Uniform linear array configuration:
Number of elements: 4
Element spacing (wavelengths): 0.75
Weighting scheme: blackman
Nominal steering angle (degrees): -60
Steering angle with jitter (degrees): -61.259
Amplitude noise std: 0.05
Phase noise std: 0.05

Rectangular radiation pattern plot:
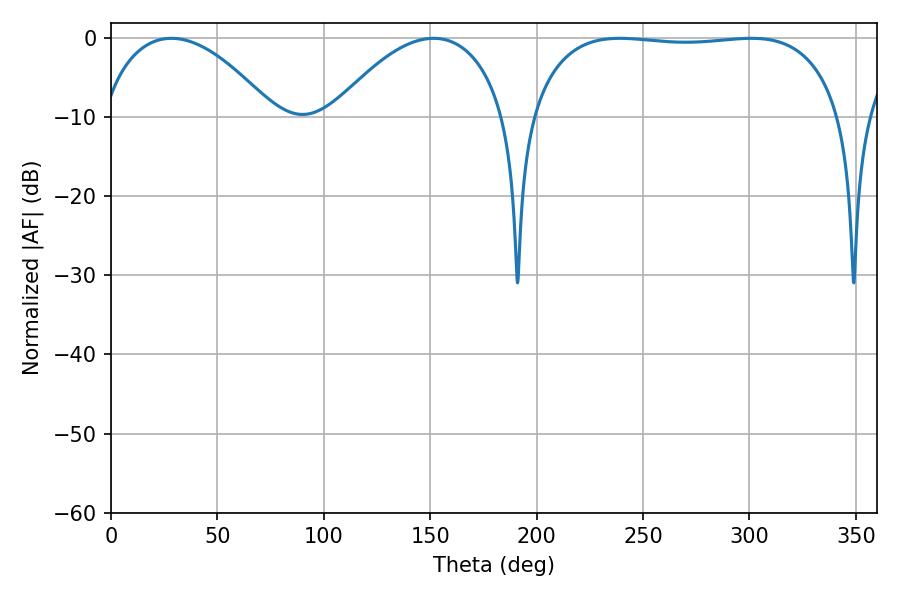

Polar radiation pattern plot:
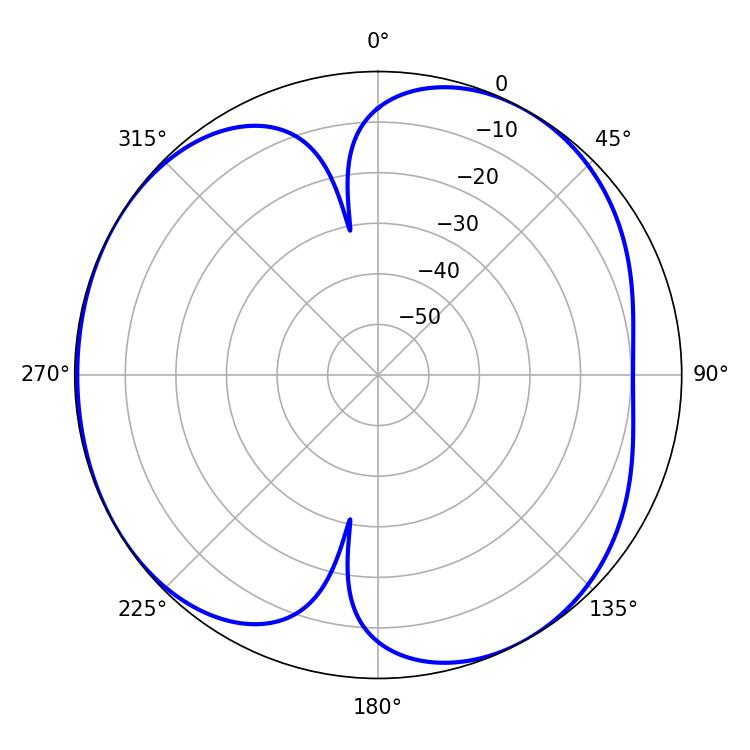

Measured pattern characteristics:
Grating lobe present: TRUE
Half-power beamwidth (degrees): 116.64
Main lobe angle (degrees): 239.04